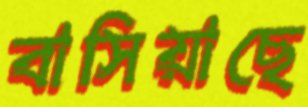
বাসিয়াছে